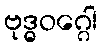
ဗုဒ္ဓဝဂ္ဂေါ